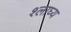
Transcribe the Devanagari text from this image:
श्लाघ्य